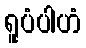
ရူပံပါဟံ